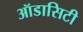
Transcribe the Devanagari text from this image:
ऑडासिटी